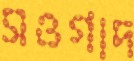
সওগাদ